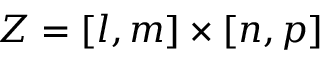
Z = [ l , m ] \times [ n , p ]